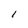
Character: 1